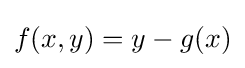
f(x,y)=y-g(x)